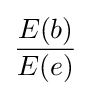
{{E(b)} \over {E(e)}}